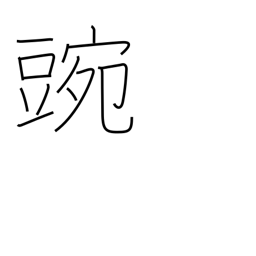
Meaning: pea